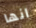
انها